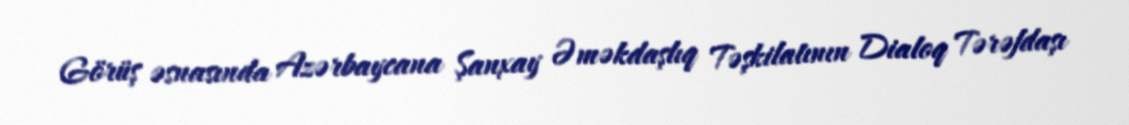
Görüş əsnasında Azərbaycana Şanxay Əməkdaşlıq Təşkilatının Dialoq Tərəfdaşı